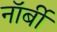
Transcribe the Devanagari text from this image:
नॉर्बी